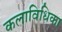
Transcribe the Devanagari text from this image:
कलाविधिका